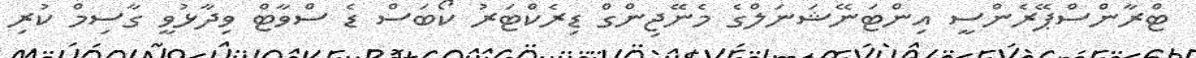
ޓްރާންސްޕޭރެންސީ އިންޓަނޭޝަނަލްގެ މެނޭޖިންގް ޑިރެކްޓަރު ކޯބަސް ޑެ ސްވާޓް ވިދާޅުވީ ގާސިމް ކުރި